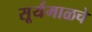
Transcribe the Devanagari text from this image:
सूर्यमाळचे